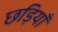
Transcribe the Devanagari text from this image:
छड़ियाँ